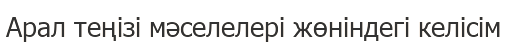
Арал теңізі мәселелері жөніндегі келісім